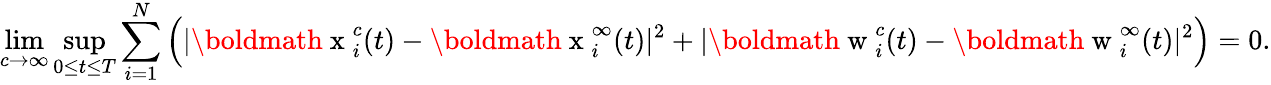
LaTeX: \operatorname*{lim}_{c\to\infty}\operatorname*{sup}_{0\leq t\leq T}\sum_{i=1}^{N}\Big(|\mathrm{\boldmath~x~}_{i}^{c}(t)-\mathrm{\boldmath~x~}_{i}^{\infty}(t)|^{2}+|\mathrm{\boldmath~w~}_{i}^{c}(t)-\mathrm{\boldmath~w~}_{i}^{\infty}(t)|^{2}\Big)=0.